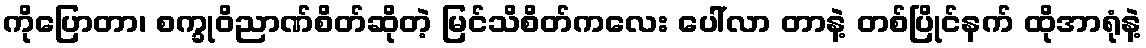
ကိုပြောတာ၊ စက္ခုဝိညာဏ်စိတ်ဆိုတဲ့ မြင်သိစိတ်ကလေး ပေါ်လာ တာနဲ့ တစ်ပြိုင်နက် ထိုအာရုံနဲ့